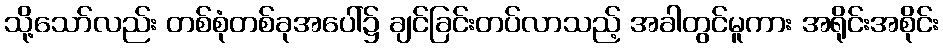
သို့သော်လည်း တစ်စုံတစ်ခုအပေါ်၌ ချင်ခြင်းတပ်လာသည့် အခါတွင်မူကား အရိုင်းအစိုင်း